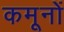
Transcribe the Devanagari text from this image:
कमूनों